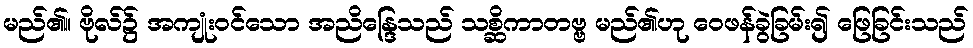
မည်၏။ ဗိုလ်၌ အကျုံးဝင်သော အညိန္ဒြေသည် သစ္ဆိကာတဗ္ဗ မည်၏ဟု ဝေဖန်ခွဲခြမ်း၍ ဖြေခြင်းသည်